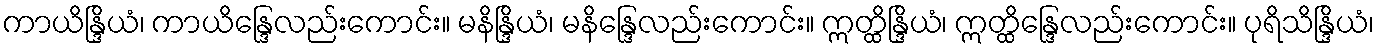
ကာယိန္ဒြိယံ၊ ကာယိန္ဒြေလည်းကောင်း။ မနိန္ဒြိယံ၊ မနိန္ဒြေလည်းကောင်း။ ဣတ္ထိန္ဒြိယံ၊ ဣတ္ထိန္ဒြေလည်းကောင်း။ ပုရိသိန္ဒြိယံ၊